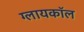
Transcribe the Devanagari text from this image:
ग्लायकॉल